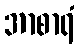
အာစာရံ